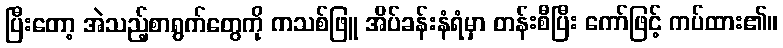
ပြီးတော့ အဲသည့်စာရွက်တွေကို ကသစ်ဖြူ အိပ်ခန်းနံရံမှာ တန်းစီပြီး ကော်ဖြင့် ကပ်ထား၏။